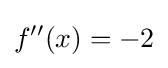
f''(x)=-2